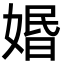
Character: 㛰